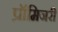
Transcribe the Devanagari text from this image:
प्रॉमिजरी